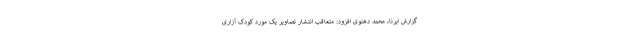
گزارش ایرنا، محمد دهنوی افزود: متعاقب انتشار تصاویر یک مورد کودک آزاری